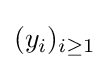
(y_{i})_{i\geq 1}